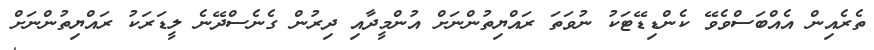
ތެރެއިން އެއްބަސްވެވޭ ކެންޑިޑޭޓަކު ނުވަތަ ރައްޔިތުންނަށް އުންމީދާއި ދިރުން ގެނެސްދޭނެ ލީޑަރަކު ރައްޔިތުންނަށް